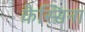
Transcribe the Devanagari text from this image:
कैस्सिना